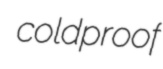
coldproof